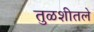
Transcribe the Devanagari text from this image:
तुळशीतले